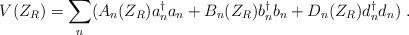
LaTeX: \begin{align*}V(Z_R) = {\sum_n} ( A_n (Z_R) a{_n ^\dagger} a_n + B_n (Z_R) b{_n^\dagger} b_n + D_n (Z_R) d{_n ^\dagger} d_n )\; .\end{align*}